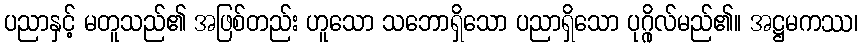
ပညာနှင့် မတူသည်၏ အဖြစ်တည်း ဟူသော သဘောရှိသော ပညာရှိသော ပုဂ္ဂိုလ်မည်၏။ အဋ္ဌမကဿ၊